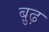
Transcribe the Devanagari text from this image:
बु़ढ़